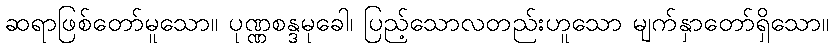
ဆရာဖြစ်တော်မူသော။ ပုဏ္ဏစန္ဒမုခေါ၊ ပြည့်သောလတည်းဟူသော မျက်နှာတော်ရှိသော။